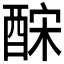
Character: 𨠼